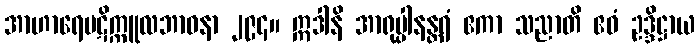
အာဟာရေပဋိက္ကူလဘာဝနာ ၂၉၄။ ဣဒါနိ အာရုပ္ပါနန္တရံ ဧကာ သညာတိ ဧဝံ ဥဒ္ဒိဋ္ဌာယ